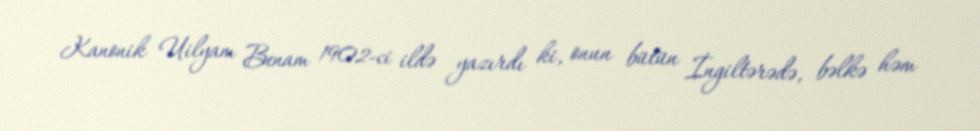
Kanonik Uilyam Benam 1902-ci ildə yazırdı ki, onun bütün İngiltərədə, bəlkə həm